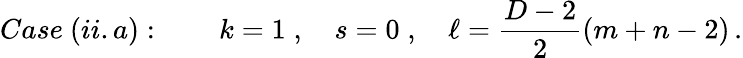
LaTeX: Case\ (ii.a):\qquad k=1\; ,\quad s=0\; ,\quad\ell=\frac{D-2}{2}(m+n-2)\, .